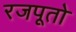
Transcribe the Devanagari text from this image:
रजपूतो